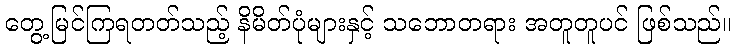
တွေ့မြင်ကြရတတ်သည့် နိမိတ်ပုံများနှင့် သဘောတရား အတူတူပင် ဖြစ်သည်။